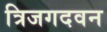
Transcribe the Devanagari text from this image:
त्रिजगदवन